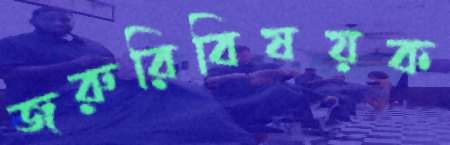
জরুরিবিষয়ক